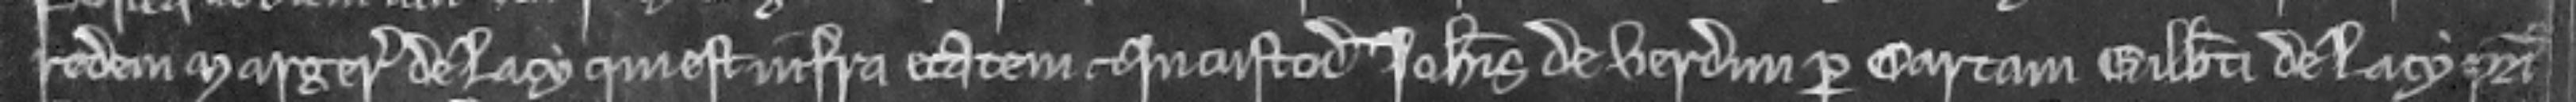
redem Margerie de Lacy qui est infra etatem. et in custodia Johannis de Verdun per cartam Gilberti de Lacy patris